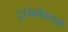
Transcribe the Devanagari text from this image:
ट्रांसलेशनची